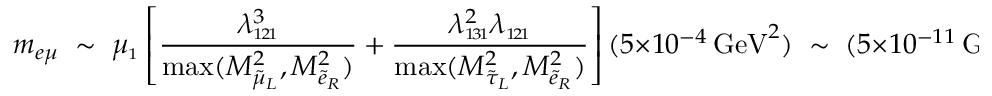
m _ { e \mu } \; \sim \; \mu _ { \scriptscriptstyle 1 } \left[ \frac { \lambda _ { \scriptscriptstyle 1 \! 2 \! 1 } ^ { 3 } } { \mathrm { m a x } ( M _ { \tilde { \mu } _ { L } } ^ { 2 } , M _ { \tilde { e } _ { R } } ^ { 2 } ) } + \frac { \lambda _ { \scriptscriptstyle 1 \! 3 \! 1 } ^ { 2 } \lambda _ { \scriptscriptstyle 1 \! 2 \! 1 } } { \mathrm { m a x } ( M _ { \tilde { \tau } _ { L } } ^ { 2 } , M _ { \tilde { e } _ { R } } ^ { 2 } ) } \right] ( 5 \times 1 0 ^ { - 4 } \, \mathrm { G e V } ^ { 2 } ) \; \sim \; ( 5 \times 1 0 ^ { - 1 1 } \, \mathrm { G e V } ) \; .